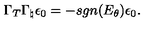
\Gamma _ { T } \Gamma _ { \natural } \epsilon _ { 0 } = - s g n ( E _ { \theta } ) \epsilon _ { 0 } .